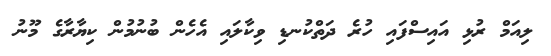
ލިއަމް ރުޅި އައިސްފައި ހުރެ ދަތްކުނޑި ވިކާލައި އެހެން ބުނުމުން ކިޔާރާގެ މޫނު